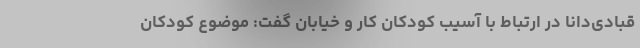
قبادی‌دانا در ارتباط با آسیب کودکان کار و خیابان گفت: موضوع کودکان